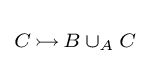
\scriptstyle C\,\rightarrowtail \,B\,\cup _{A}\,C